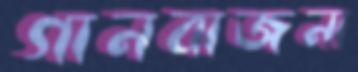
গানবাজনা